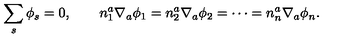
\sum _ { s } \phi _ { s } = 0 , \qquad n _ { 1 } ^ { a } \nabla _ { a } \phi _ { 1 } = n _ { 2 } ^ { a } \nabla _ { a } \phi _ { 2 } = \cdots = n _ { n } ^ { a } \nabla _ { a } \phi _ { n } .